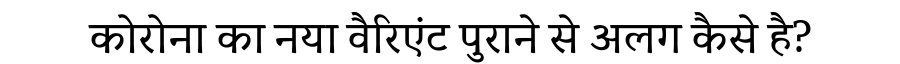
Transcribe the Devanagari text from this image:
कोरोना का नया वैरिएंट पुराने से अलग कैसे है?